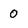
Character: 0